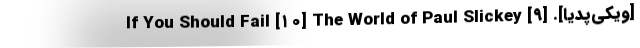
[ویکی‌پدیا]. [۹] If You Should Fail [۱۰] The World of Paul Slickey